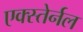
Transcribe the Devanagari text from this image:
एक्स्तेर्नल